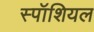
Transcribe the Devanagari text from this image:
स्पॉशियल